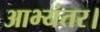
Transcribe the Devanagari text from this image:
आभ्यंतर।